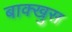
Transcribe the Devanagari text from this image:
बाक्खुस